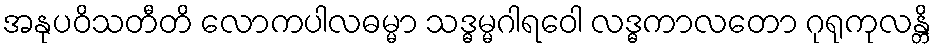
အနုပဝိသတီတိ လောကပါလဓမ္မာ သဒ္ဓမ္မဂါရဝေါ လဒ္ဓကာလတော ဂုရုကုလန္တိ